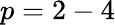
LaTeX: p=2-4